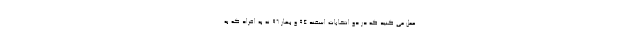
عمل می کنید که در دو انتخابات اسفند 94 و بهار 96 نه به افراد که به